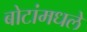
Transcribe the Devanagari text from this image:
बोटांमधले